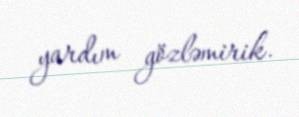
yardım gözləmirik.